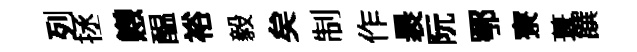
列拯戀醖裕毅矣制作褁阮鄂寮葺饌